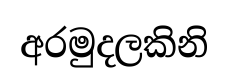
අරමුදලකිනි